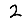
Digit: 2